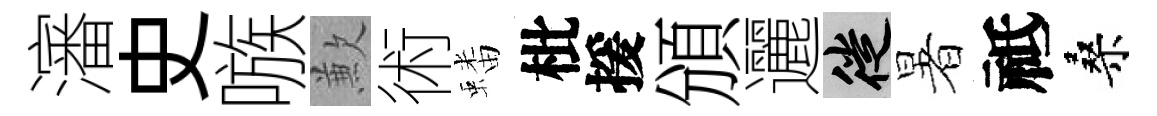
瀋史嗾歉術蟠枇援頒邐徙暑祗桑